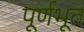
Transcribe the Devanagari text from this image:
पूर्णभूत